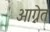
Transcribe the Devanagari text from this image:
आग्नेत